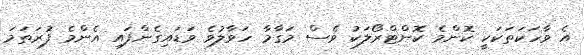
އެ ވާހަކަތަކަކީ ކޮންމެ ކޮންޓްރޯލަކު ވެސް މަގާމާ ހަވާލުވެ ވަޑައިގެންފައި އެންމެ ފުރަތަމަ